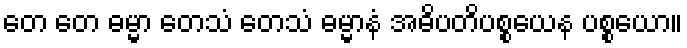
တေ တေ ဓမ္မာ တေသံ တေသံ ဓမ္မာနံ အဓိပတိပစ္စယေန ပစ္စယော။